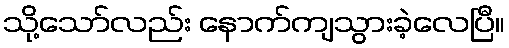
သို့သော်လည်း နောက်ကျသွားခဲ့လေပြီ။